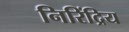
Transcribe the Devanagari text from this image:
निरिंद्रिय